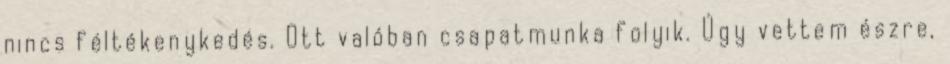
nincs féltékenykedés. Ott valóban csapatmunka folyik. Úgy vettem észre,